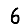
Digit: 6